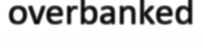
overbanked